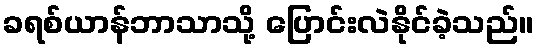
ခရစ်ယာန်ဘာသာသို့ ပြောင်းလဲနိုင်ခဲ့သည်။